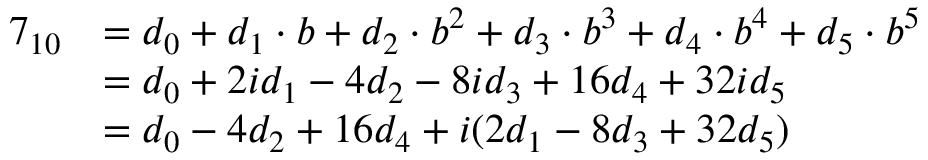
{ \begin{array} { r l } { 7 _ { 1 0 } } & { = d _ { 0 } + d _ { 1 } \cdot b + d _ { 2 } \cdot b ^ { 2 } + d _ { 3 } \cdot b ^ { 3 } + d _ { 4 } \cdot b ^ { 4 } + d _ { 5 } \cdot b ^ { 5 } } \\ & { = d _ { 0 } + 2 i d _ { 1 } - 4 d _ { 2 } - 8 i d _ { 3 } + 1 6 d _ { 4 } + 3 2 i d _ { 5 } } \\ & { = d _ { 0 } - 4 d _ { 2 } + 1 6 d _ { 4 } + i ( 2 d _ { 1 } - 8 d _ { 3 } + 3 2 d _ { 5 } ) } \end{array} }